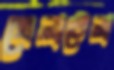
খেলাটেলা